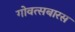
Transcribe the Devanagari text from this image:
गोवत्सबारस